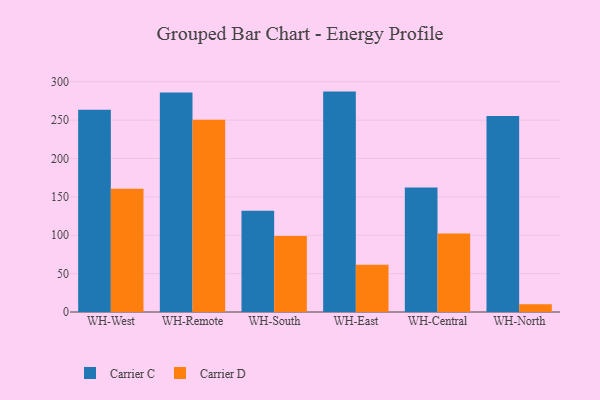
{"axis": {"x": "Warehouse", "y": "Churn Rate (%)"}, "legend": ["Carrier C", "Carrier D"], "data": [{"x": "WH-West", "y": 263.4, "type": "Carrier C"}, {"x": "WH-West", "y": 160.7, "type": "Carrier D"}, {"x": "WH-Remote", "y": 285.9, "type": "Carrier C"}, {"x": "WH-Remote", "y": 250.6, "type": "Carrier D"}, {"x": "WH-South", "y": 131.9, "type": "Carrier C"}, {"x": "WH-South", "y": 98.9, "type": "Carrier D"}, {"x": "WH-East", "y": 287.2, "type": "Carrier C"}, {"x": "WH-East", "y": 61.5, "type": "Carrier D"}, {"x": "WH-Central", "y": 162.1, "type": "Carrier C"}, {"x": "WH-Central", "y": 102.4, "type": "Carrier D"}, {"x": "WH-North", "y": 255.4, "type": "Carrier C"}, {"x": "WH-North", "y": 10.1, "type": "Carrier D"}]}